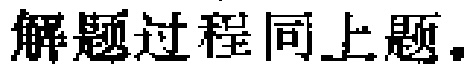
解题过程同上题.